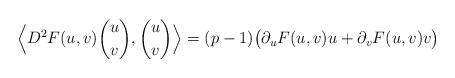
LaTeX: \begin{align*}\Bigl \langle D^2 F(u,v) {u \choose v},{u \choose v} \Bigr \rangle = (p-1) \bigl(\partial_u F(u,v)u + \partial_v F(u,v) v\bigr)\end{align*}